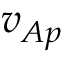
v _ { A p }